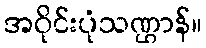
အဝိုင်းပုံသဏ္ဌာန်။